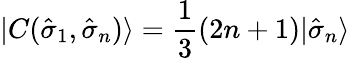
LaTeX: |C({\hat{\sigma}}_{1},{\hat{\sigma}}_{n})\rangle=\frac{1}{3}(2n+1)|{\hat{\sigma}}_{n}\rangle